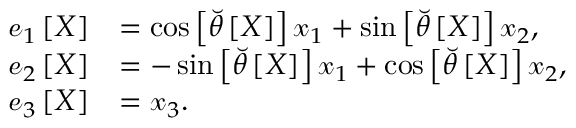
\begin{array} { r l } { \boldsymbol { \mathscr { e } } _ { 1 } \left[ X \right] } & { = \cos \left[ \breve { \theta } \left[ X \right] \right] \boldsymbol { \mathscr { x } } _ { 1 } + \sin \left[ \breve { \theta } \left[ X \right] \right] \boldsymbol { \mathscr { x } } _ { 2 } , } \\ { \boldsymbol { \mathscr { e } } _ { 2 } \left[ X \right] } & { = - \sin \left[ \breve { \theta } \left[ X \right] \right] \boldsymbol { \mathscr { x } } _ { 1 } + \cos \left[ \breve { \theta } \left[ X \right] \right] \boldsymbol { \mathscr { x } } _ { 2 } , } \\ { \boldsymbol { \mathscr { e } } _ { 3 } \left[ X \right] } & { = \boldsymbol { \mathscr { x } } _ { 3 } . } \end{array}